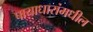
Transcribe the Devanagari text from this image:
पायाधारांमधील